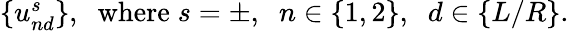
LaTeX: \begin{array}{r}{\{ u_{nd}^{s}\} ,\; \; \mathrm{where}\; s=\pm,\; \; n\in\{ 1,2\} ,\; \; d\in\{ L/R\} .}\end{array}